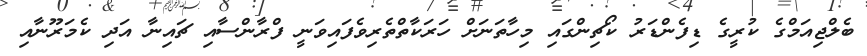
ބެލްޖިއަމްގެ ކުރީގެ ޑިފެންޑަރު ކޯޗިންގައި މިހާތަނަށް ހަރަކާތްތެރިވެފައިވަނީ ފްރާންސާއި ޗައިނާ އަދި ކެމަރޫނާއި